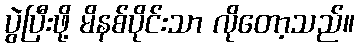
ပွဲပြီးဖို့ မိနစ်ပိုင်းသာ လိုတော့သည်။